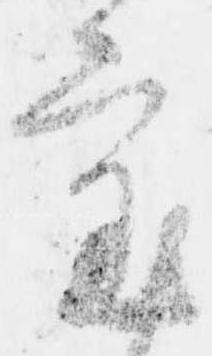
審